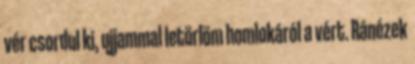
vér csordul ki, ujjammal letörlöm homlokáról a vért. Ránézek